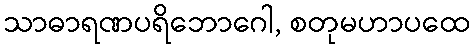
သာဓာရဏပရိဘောဂေါ, စတုမဟာပထေ